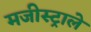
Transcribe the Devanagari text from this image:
मजीस्ट्राले